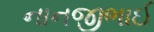
નાનજીભાઈ